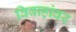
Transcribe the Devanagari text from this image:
विवाहांवर